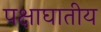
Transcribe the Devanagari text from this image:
पक्षाघातीय